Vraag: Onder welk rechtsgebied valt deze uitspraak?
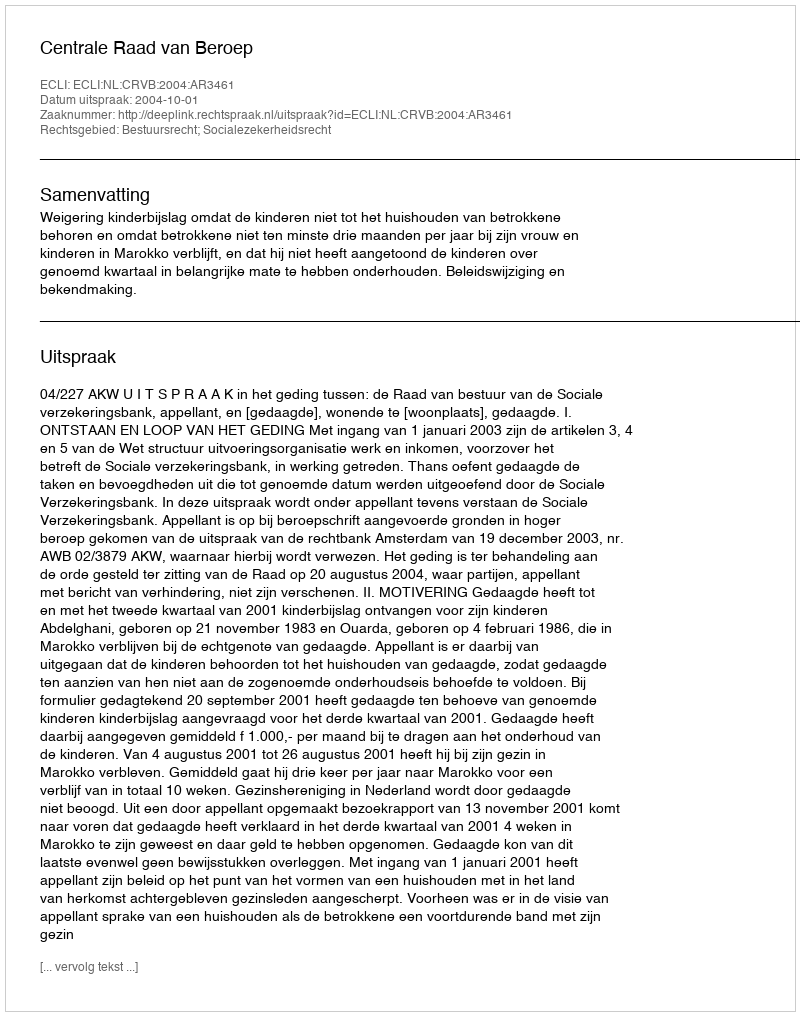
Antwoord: Bestuursrecht; Socialezekerheidsrecht